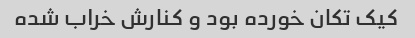
کیک تکان خورده بود و کنارش خراب شده